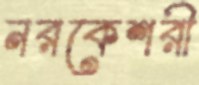
নরকেশরী